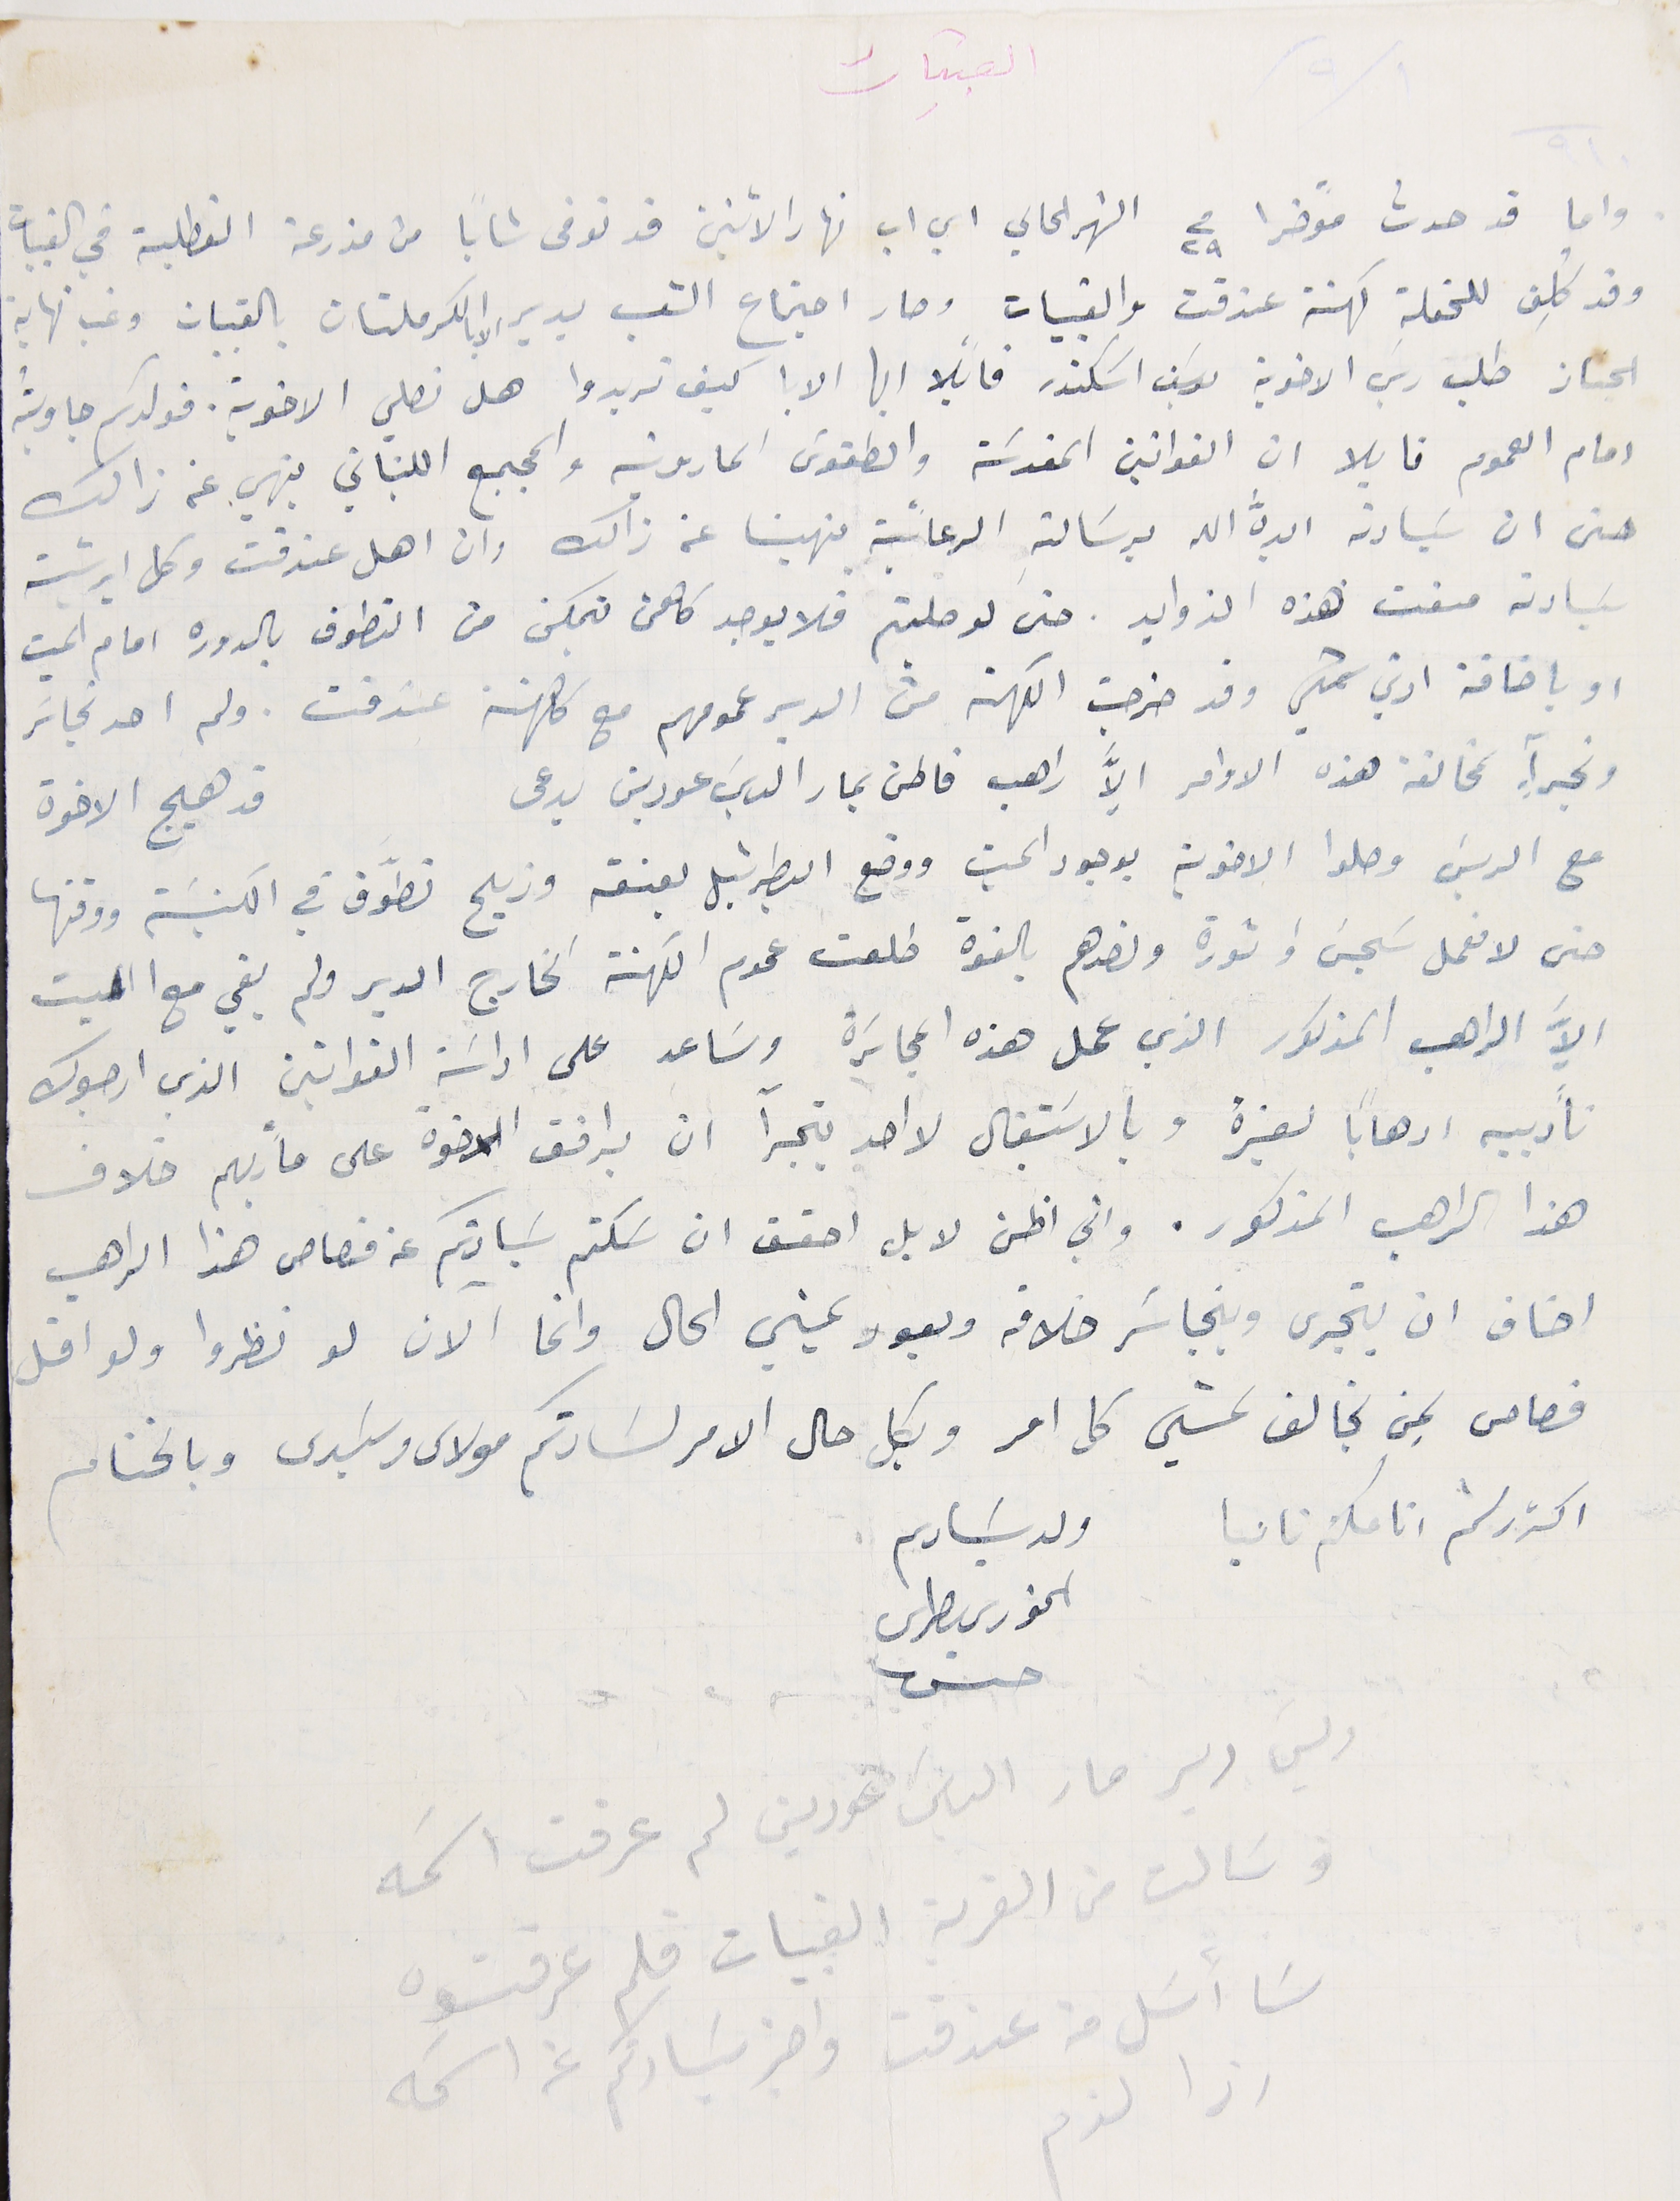
القبيات
واما قد حدث مؤخرا فى ٢٩ الشهر الحالي اي اب نهار الاثنين قد توفى شاباً من مزرعة القطلبة في القبيات
وقد كُلِف للحفلة كهنة عندقت والقبيات وصار اجتماع الشعب بدير الاب الكرملتان بالقبيات وغب نهاية
الجناز طلب ريسَ الاخوية يوسَف اسَكندر قايلًا ايها الابا كيف تريدوا هل نصلي الاخوية. فولدكم جاوبتُة
امام العموم قايلا ان القوانين المقدسَة والطقوس المارونية والمجمع اللبناني ينهي عن ذالك
حتى ان سَيادته ايده الله برسَالتهِ الرعائية ينهينا عن ذالك وان اهل عندقت وكل ابرشية
سَيادته منعت هذه الزوايد. حتى لو صليتم فلا يوجد كاهن يتمكن من التطوف بالدوره امام الميت
او باضافة ادني شي وقد خرجت الكهنة من الدير عمومهم مع كهنة عندقت. ولم احد تجاسَر
وتجرآٍ مخالفة هذه الاوامر الاَّ  راهب قاطن بمار الياسَ عودين يدعى قد هيج الاخوة
مع الريسَ وصلوا الاخوية بوجود الميت ووضع البطرشيل بعنقه وزيح تطوَّف في الكنيسَة ووقتها
حتى لا نعمل سَجسَ وثورة ونصدهم بالقوة طلعت عموم الكهنة الخارج الدير ولم يبقى مع الميت
الاَّ الراهب المذكور الذي عمل هذه المجاسَرة وسَاعد على اداسَة القوانين الذي ارجوك
تأديبه ارهاباً لغيره وبالاسَتقبال لا احد يتجرآ ان يرافق الاخوة على مأربهم خلاف
هذا الراهب المذكور. واني اظن لا بل احقق ان سَكتم سَيادتكم عن قصاص هذا الراهب
اخاف ان يتجرى ويتجاسَر خلافه ويعود يمني الحال وانما الان لو نظروا ولو اقل
قصاص لِمن يخالف ىمشي كل امر وبكل حال الامر لسَادتكم مولاى وسَيدى وبالختام
اكرر لثم انامكم تانيا ولد سَيادىم
الخوري بطرس حسن
ريسَ دير مار الياسَ عودين لم عرفت اسَمه
وسَالت من القربة القبيات فلم عرفتوه
سَا أسَل من عندقت واخبر سَيادتكم عن اسَمه
اذا لزم